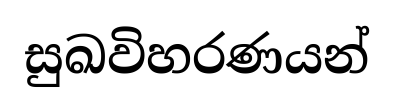
සුඛවිහරණයන්